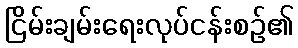
ငြိမ်းချမ်းရေးလုပ်ငန်းစဉ်၏